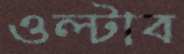
ওল্‌টাব